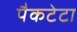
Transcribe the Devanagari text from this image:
पैकटेटा